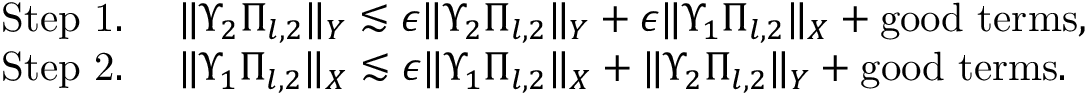
\begin{array} { r l } & { \mathrm { S t e p ~ 1 . ~ } \quad \| \Upsilon _ { 2 } \Pi _ { l , 2 } \| _ { Y } \lesssim \epsilon \| \Upsilon _ { 2 } \Pi _ { l , 2 } \| _ { Y } + \epsilon \| \Upsilon _ { 1 } \Pi _ { l , 2 } \| _ { X } + \mathrm { g o o d ~ t e r m s } , } \\ & { \mathrm { S t e p ~ 2 . ~ } \quad \| \Upsilon _ { 1 } \Pi _ { l , 2 } \| _ { X } \lesssim \epsilon \| \Upsilon _ { 1 } \Pi _ { l , 2 } \| _ { X } + \| \Upsilon _ { 2 } \Pi _ { l , 2 } \| _ { Y } + \mathrm { g o o d ~ t e r m s } . } \end{array}